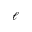
\ell